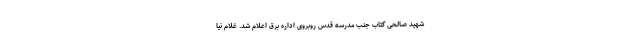
شهید صالحی گتاب جنب مدرسه قدس روبروی اداره برق اعلام شد. غلام نیا